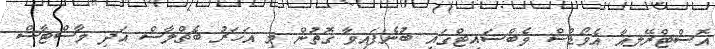
އޮސްޓްރޭލިއާ އެވޯޑްސް ވެބްސައިޓްގައި ބުނެފައިވާ ގޮތުން މި އަހަރު ބެޗްލާސް އަދި މާސްޓާސް